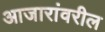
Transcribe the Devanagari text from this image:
आजारांवरील